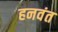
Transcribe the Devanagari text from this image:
हनवंत